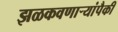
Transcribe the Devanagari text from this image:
झळकवणार्‍यांपैकी